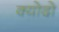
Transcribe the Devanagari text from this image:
क्योदो